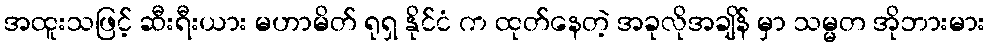
အထူးသဖြင့် ဆီးရီးယား မဟာမိတ် ရုရှ နိုင်ငံ က ထုတ်နေတဲ့ အခုလိုအချိန် မှာ သမ္မတ အိုဘားမား